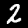
Digit: 2